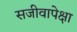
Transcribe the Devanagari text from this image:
सजीवापेक्षा